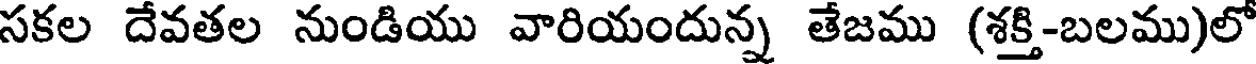
సకల దేవతల నుండియు వారియందున్న తేజము (శక్తి-బలము)లో